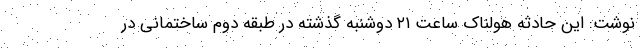
نوشت: این حادثه هولناک ساعت ۲۱ دوشنبه گذشته در طبقه دوم ساختمانی در